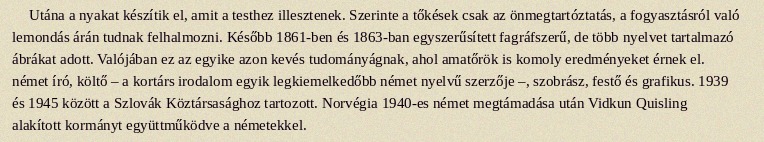
Utána a nyakat készítik el, amit a testhez illesztenek. Szerinte a tőkések csak az önmegtartóztatás, a fogyasztásról való lemondás árán tudnak felhalmozni. Később 1861-ben és 1863-ban egyszerűsített fagráfszerű, de több nyelvet tartalmazó ábrákat adott. Valójában ez az egyike azon kevés tudományágnak, ahol amatőrök is komoly eredményeket érnek el. német író, költő – a kortárs irodalom egyik legkiemelkedőbb német nyelvű szerzője –, szobrász, festő és grafikus. 1939 és 1945 között a Szlovák Köztársasághoz tartozott. Norvégia 1940-es német megtámadása után Vidkun Quisling alakított kormányt együttműködve a németekkel.